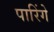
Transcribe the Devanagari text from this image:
पारिंगे